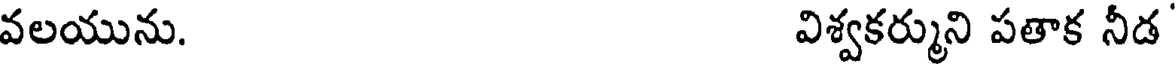
వలయును. విశ్వకర్ముని పతాక నీడ